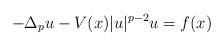
LaTeX: \begin{align*}-\Delta_p u - V(x)|u|^{p-2} u = f(x)\end{align*}